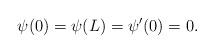
LaTeX: \begin{align*}\psi (0) = \psi (L) = \psi'(0) = 0.\end{align*}